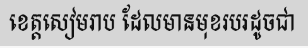
ខេត្តសៀមរាប ដែលមានមុខរបរដូចជា